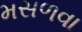
મસળવા